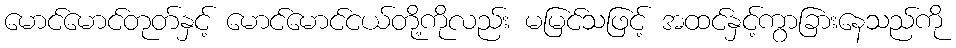
မောင်မောင်တုတ်နှင့် မောင်မောင်ငယ်တို့ကိုလည်း မမြင်သဖြင့် အထင်နှင့်ကွာခြားနေသည်ကို